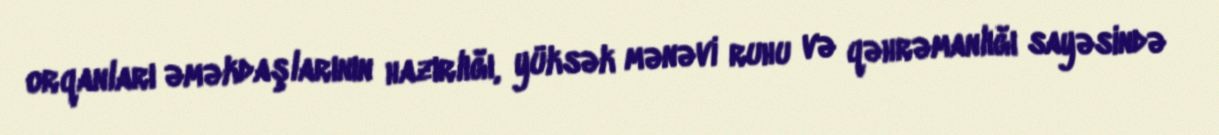
orqanları əməkdaşlarının hazırlığı, yüksək mənəvi ruhu və qəhrəmanlığı sayəsində